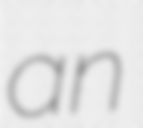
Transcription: an